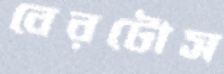
বেরটোস